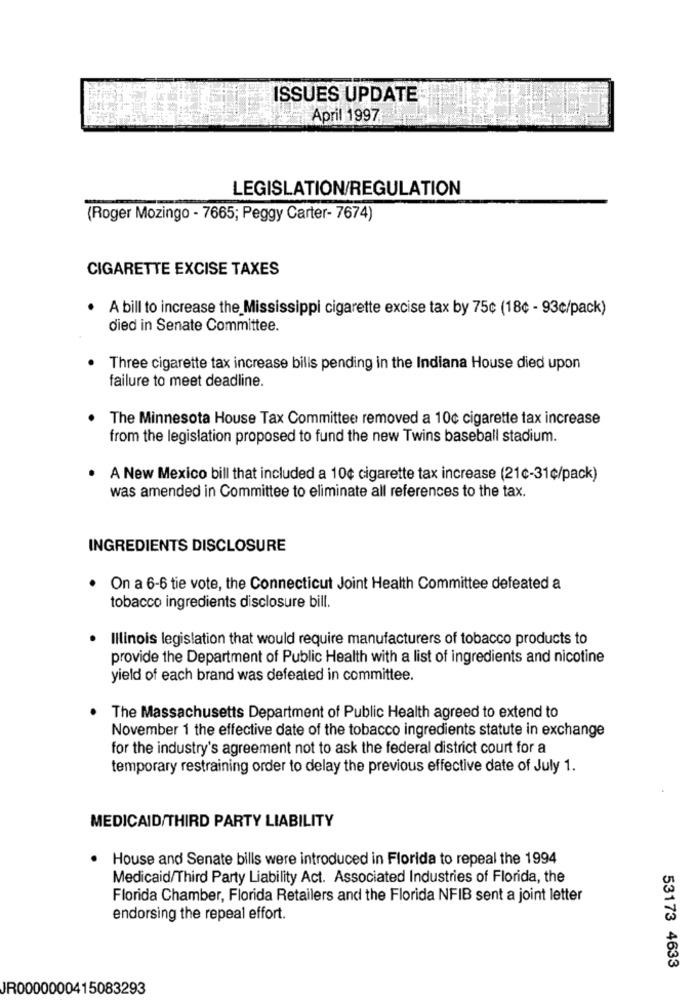
ISSUES UPDATE
April 1997
LEGISLATION/REGULATION
(Roger Mozingo - 7665; Peggy Carter- 7674)
CIGARETTE EXCISE TAXES
A bill to increase the Mississippi cigarette excise tax by 75¢ (18¢ - 93c/pack)
died in Senate Committee.
Three cigarette tax increase bills pending in the Indiana House died upon
failure to meet deadline.
The Minnesota House Tax Committee removed a 10¢ cigarette tax increase
from the legislation proposed to fund the new Twins baseball stadium.
A New Mexico bill that included a 10¢ cigarette tax increase (21¢-31¢/pack)
was amended in Committee to eliminate all references to the tax.
INGREDIENTS DISCLOSURE
On a 6-6 tie vote, the Connecticut Joint Health Committee defeated a
tobacco ingredients disclosure bill.
· Illinois legislation that would require manufacturers of tobacco products to
provide the Department of Public Health with a list of ingredients and nicotine
yield of each brand was defeated in committee.
The Massachusetts Department of Public Health agreed to extend to
November 1 the effective date of the tobacco ingredients statute in exchange
for the industry's agreement not to ask the federal district court for a
temporary restraining order to delay the previous effective date of July 1.
MEDICAID/THIRD PARTY LIABILITY
.
House and Senate bills were introduced in Florida to repeal the 1994
Medicaid/Third Party Liability Act. Associated Industries of Florida, the
Florida Chamber, Florida Retailers and the Florida NFIB sent a joint letter
endorsing the repeal effort.
53173 4633
JR0000000415083293